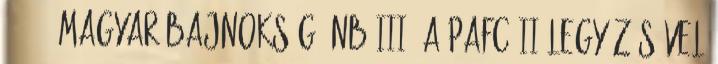
18:51 Magyar bajnokság NB III: a PAFC II legyőzésével